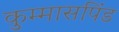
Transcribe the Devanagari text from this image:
कुम्मासपिंड